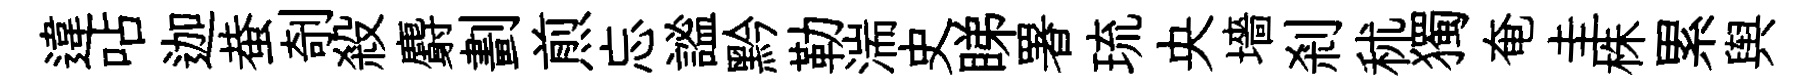
違呫迦蛬剞殺麝劃煎忘謐黔勒湍史睇署琉央墻剎秫獨奄圭株累舆